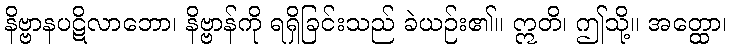
နိဗ္ဗာနပဋိလာဘော၊ နိဗ္ဗာန်ကို ရရှိခြင်းသည် ခဲယဉ်း၏။ ဣတိ၊ ဤသို့။ အတ္ထော၊